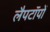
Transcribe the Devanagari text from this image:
लैपटॉपों